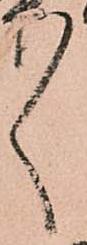
々